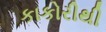
કાકોરીથી